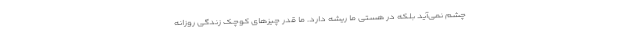
چشم نمی‌آید بلکه در هستی ما ریشه دارد. ما قدر چیزهای کوچک زندگی روزانه